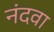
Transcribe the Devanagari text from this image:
नंदवा